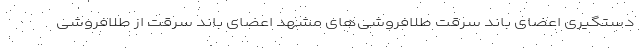
دستگیری اعضای باند سرقت طلافروشی‌های مشهد اعضای باند سرقت از طلافروشی